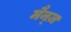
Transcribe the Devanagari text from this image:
मैन्ज़